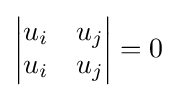
{\begin{vmatrix}u_{i}&u_{j}\\u_{i}&u_{j}\end{vmatrix}}=0